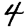
Digit: 4